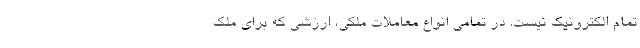
تمام الکترونیک نیست. در تمامی‌ انواع معاملات ملکی، ارزشی که برای ملک